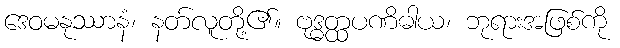
ဒေဝမနုဿာနံ၊ နတ်လူတို့၏။ ဗုဒ္ဓတ္ထပဏိဓါယ၊ ဘုရားအဖြစ်ကို